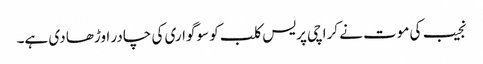
نجیب کی موت نے کراچی پریس کلب کو سوگواری کی چادر اوڑھا دی ہے۔